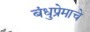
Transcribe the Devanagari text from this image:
बंधुप्रेमाचे